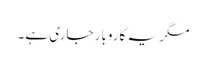
مگر یہ کاروبار جاری ہے۔